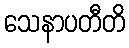
သေနာပတီတိ